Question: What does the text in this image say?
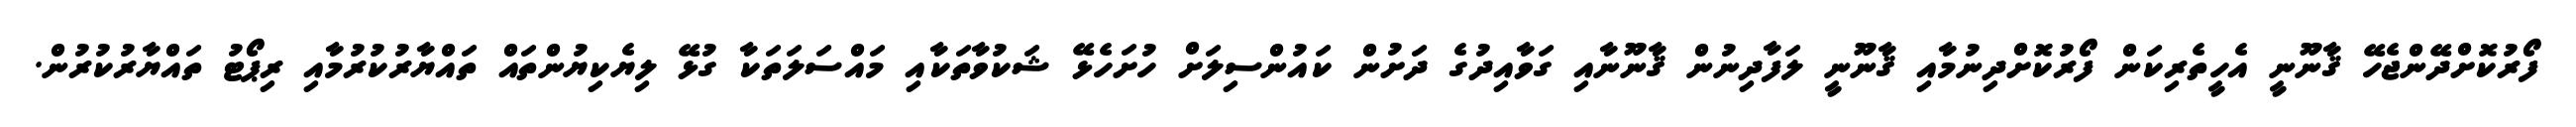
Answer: ފޯރުކޮށްދޭންޖެހޭ ޤާނޫނީ އެހީތެރިކަން ފޯރުކޮށްދިނުމާއި ޤާނޫނީ ލަފާދިނުން ޤާނޫނާއި ގަވާއިދުގެ ދަށުން ކައުންސިލަށް ހުށަހެޅޭ ޝަކުވާތަކާއި މައްސަލަތަކާ ގުޅޭ ލިޔެކިޔުންތައް ތައްޔާރުކުރުމާއި ރިޕޯޓު ތައްޔާރުކުރުން.